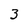
Character: 3